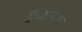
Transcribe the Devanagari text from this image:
छुआरा